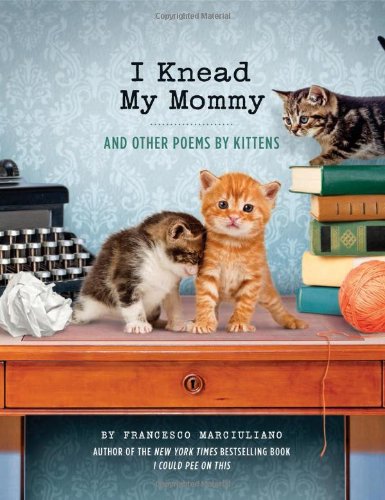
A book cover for I Knead My Mommy: And Other Poems by Kittens; Francesco Marciuliano; Crafts, Hobbies & Home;